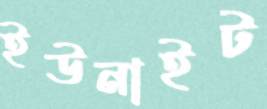
ইউনাইট